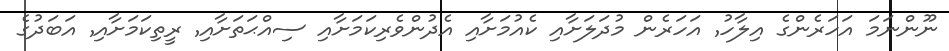
ނޫންނަމަ އަހަރެންގެ އިލާހުު